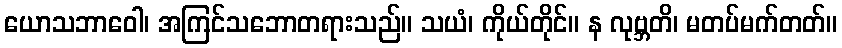
ယောသဘာဝေါ၊ အကြင်သဘောတရားသည်။ သယံ၊ ကိုယ်တိုင်။ န လုဗ္ဘတိ၊ မတပ်မက်တတ်။